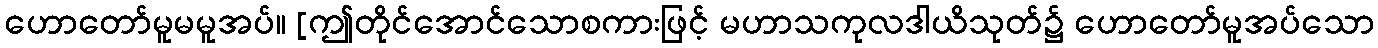
ဟောတော်မူမမူအပ်။ [ဤတိုင်အောင်သောစကားဖြင့် မဟာသကုလဒါယိသုတ်၌ ဟောတော်မူအပ်သော